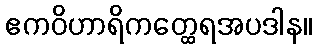
ဧကဝိဟာရိကတ္ထေရအပဒါန။